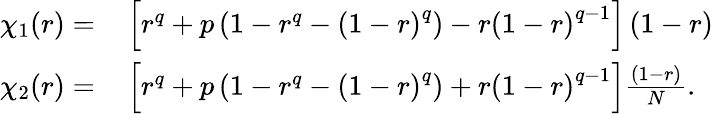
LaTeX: \begin{array}{rl}{\chi_{1}(r)=}&{{}\left[r^{q}+p\left(1-r^{q}-\left(1-r\right)^{q}\right)-r\left(1-r\right)^{q-1}\right]\left(1-r\right)}\\ {\chi_{2}(r)=}&{{}\left[r^{q}+p\left(1-r^{q}-\left(1-r\right)^{q}\right)+r\left(1-r\right)^{q-1}\right]\frac{\left(1-r\right)}{N}.}\end{array}